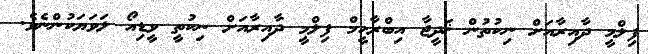
ފިލްމީ ދާއިރާއަށް ނިކުތުން ޚަދީޖާ އިބްރާހީމް ފިލްމީ ދާއިރާއަށް ނިކުތީ ވީޑިއޯ ލަވަޔަކުންނެވެ.